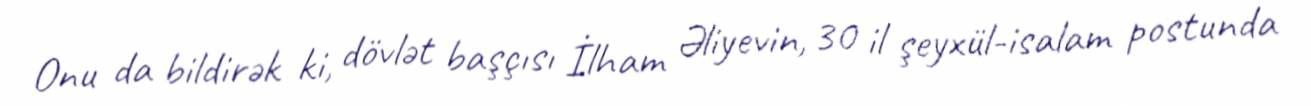
Onu da bildirək ki, dövlət başçısı İlham Əliyevin, 30 il şeyxül-isalam postunda